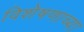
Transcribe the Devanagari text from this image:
विशेषणाच्या